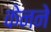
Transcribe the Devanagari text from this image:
केनने